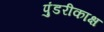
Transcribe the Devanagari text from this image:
पुंडरीकाक्ष